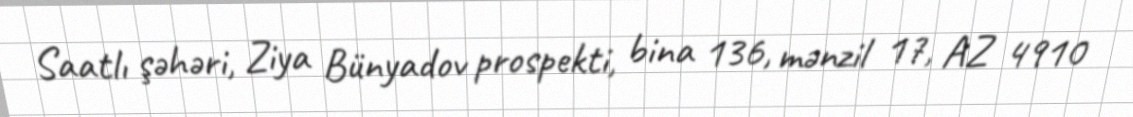
Saatlı şəhəri, Ziya Bünyadov prospekti, bina 136, mənzil 17, AZ 4910